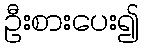
ဦးစားပေး၍